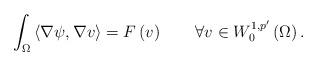
LaTeX: \begin{align*}\int_{\Omega}\left\langle \nabla\psi,\nabla v\right\rangle =F\left( v\right)\qquad\forall v\in W_{0}^{1,p^{\prime}}\left( \Omega\right) .\end{align*}